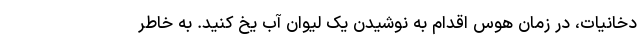
دخانیات، در زمان هوس اقدام به نوشیدن یک لیوان آب یخ کنید. به خاطر